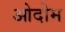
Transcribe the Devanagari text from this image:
ओदोम